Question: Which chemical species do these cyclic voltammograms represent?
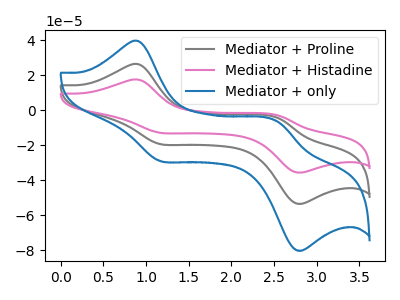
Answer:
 <answer>The gray curve is labeled "Mediator + Proline". The pink curve is labeled "Mediator + Histadine". The blue curve is labeled "Mediator + only".</answer>
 <eval></eval>